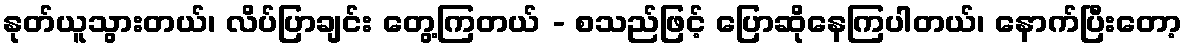
နုတ်ယူသွားတယ်၊ လိပ်ပြာချင်း တွေ့ကြတယ် - စသည်ဖြင့် ပြောဆိုနေကြပါတယ်၊ နောက်ပြီးတော့